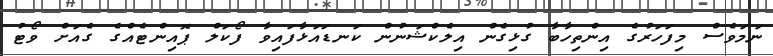
ނަމަވެސް މިފަހަރުގެ އިންތިހާބާ ގުޅިގެން އިލެކްޝަނުން ކަނޑައަޅާފައިވާ ފޯކަލް ޕޮއިންޓެއްގެ ގެއަށް ވޯޓު